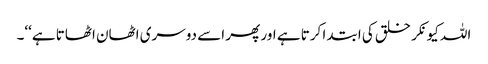
اللہ کیونکر خلق کی ابتدا کرتا ہے اور پھر اسے دوسری اٹھان اٹھاتا ہے‘‘۔